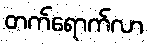
တက်ရောက်လာ